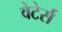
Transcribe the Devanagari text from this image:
वेटेर्स